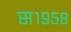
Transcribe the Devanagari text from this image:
स१९५८